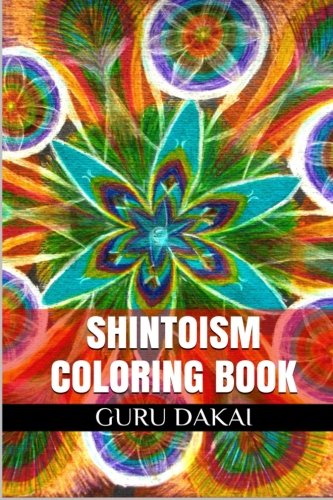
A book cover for Shintoism Coloring Book: Spiritual Healing and Tibetan Magic Adult Coloring Book (Spiritual Healing Coloring Books); Guru Dakai; Religion & Spirituality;